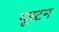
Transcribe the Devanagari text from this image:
यूस्टन